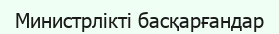
Министрлікті басқарғандар